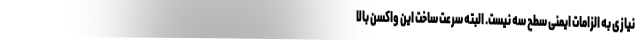
نیازی به الزامات ایمنی سطح سه نیست. البته سرعت ساخت این واکسن بالا